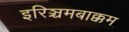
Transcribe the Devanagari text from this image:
इरिञ्चमबाक्कम